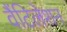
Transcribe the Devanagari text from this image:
वैंटिलेशन